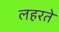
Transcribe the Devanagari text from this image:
लहरते